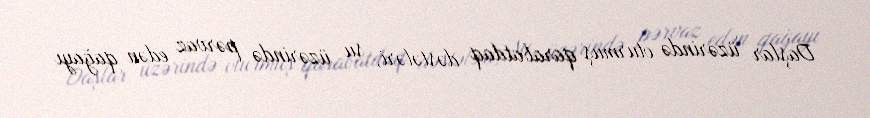
Daşlar üzərində oturmuş qarabatdaq dəstələri, su üzərində pərvaz edən qağayı